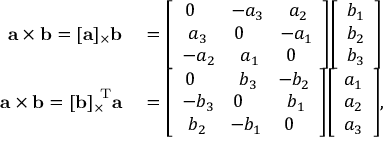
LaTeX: \begin{array} { r l } { \mathbf { a } \times \mathbf { b } = [ \mathbf { a } ] _ { \times } \mathbf { b } } & { { } = { \left[ \begin{array} { l l l } { \, 0 } & { \! - a _ { 3 } } & { \, \, a _ { 2 } } \\ { \, \, a _ { 3 } } & { 0 } & { \! - a _ { 1 } } \\ { - a _ { 2 } } & { \, \, a _ { 1 } } & { \, 0 } \end{array} \right] } { \left[ \begin{array} { l } { b _ { 1 } } \\ { b _ { 2 } } \\ { b _ { 3 } } \end{array} \right] } } \\ { \mathbf { a } \times \mathbf { b } = { [ \mathbf { b } ] _ { \times } } ^ { \mathrm { \! \! T } } \mathbf { a } } & { { } = { \left[ \begin{array} { l l l } { \, 0 } & { \, \, b _ { 3 } } & { \! - b _ { 2 } } \\ { - b _ { 3 } } & { 0 } & { \, \, b _ { 1 } } \\ { \, \, b _ { 2 } } & { \! - b _ { 1 } } & { \, 0 } \end{array} \right] } { \left[ \begin{array} { l } { a _ { 1 } } \\ { a _ { 2 } } \\ { a _ { 3 } } \end{array} \right] } , } \end{array}